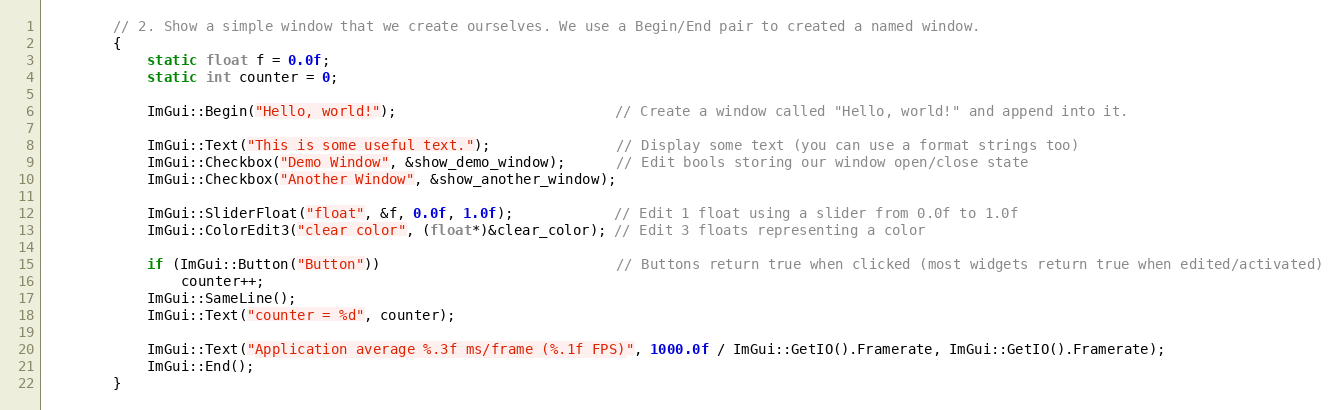
Language: C++
        // 2. Show a simple window that we create ourselves. We use a Begin/End pair to created a named window.
        {
            static float f = 0.0f;
            static int counter = 0;

            ImGui::Begin("Hello, world!");                          // Create a window called "Hello, world!" and append into it.

            ImGui::Text("This is some useful text.");               // Display some text (you can use a format strings too)
            ImGui::Checkbox("Demo Window", &show_demo_window);      // Edit bools storing our window open/close state
            ImGui::Checkbox("Another Window", &show_another_window);

            ImGui::SliderFloat("float", &f, 0.0f, 1.0f);            // Edit 1 float using a slider from 0.0f to 1.0f
            ImGui::ColorEdit3("clear color", (float*)&clear_color); // Edit 3 floats representing a color

            if (ImGui::Button("Button"))                            // Buttons return true when clicked (most widgets return true when edited/activated)
                counter++;
            ImGui::SameLine();
            ImGui::Text("counter = %d", counter);

            ImGui::Text("Application average %.3f ms/frame (%.1f FPS)", 1000.0f / ImGui::GetIO().Framerate, ImGui::GetIO().Framerate);
            ImGui::End();
        }